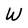
Character: W